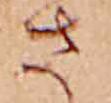
さ